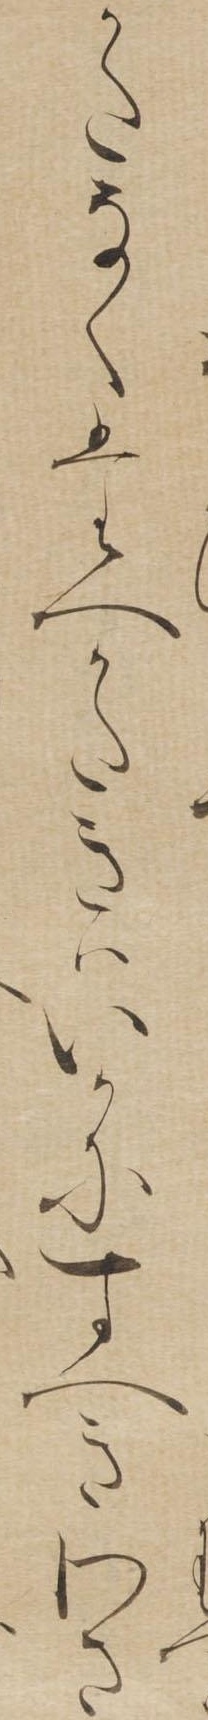
かたなくたへかたきはいかにすへきわさ